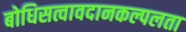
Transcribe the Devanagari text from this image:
बोधिसत्वावदानकल्पलता